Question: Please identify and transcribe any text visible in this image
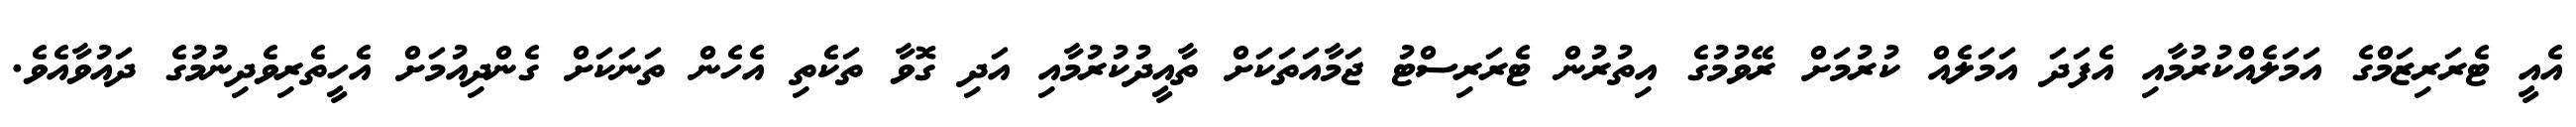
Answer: އެއީ ޓެރަރިޒަމްގެ އަމަލެއްކުރުމާއި އެފަދަ އަމަލެއް ކުރުމަށް ރޭވުމުގެ އިތުރުން ޓެރަރިސްޓު ޖަމާއަތަކަށް ތާއީދުކުރުމާއި އަދި ގޮވާ ތަކެތި އެހެން ތަނަކަށް ގެންދިއުމަށް އެހީތެރިވެދިނުމުގެ ދައުވާއެވެ.